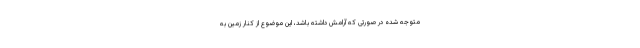
متوجه شده در صورتی که آرامش داشته باشد، این موضوع از کنار زمین به